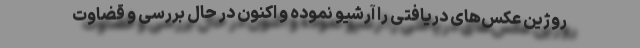
روژین عکس‌های دریافتی را آرشیو نموده و اکنون در حال بررسی و قضاوت